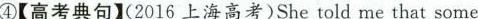
④【高考典句】(2016上海高考)She told me that some